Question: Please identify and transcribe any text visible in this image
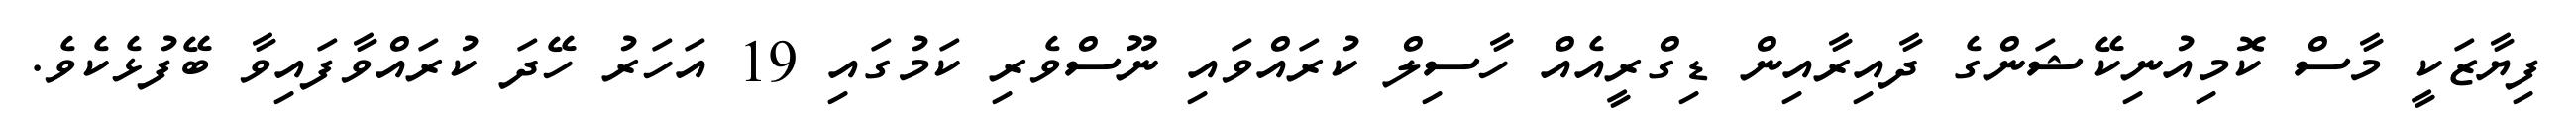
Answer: ފިޔާޒަކީ މާސް ކޮމިއުނިކޭޝަންގެ ދާއިރާއިން ޑިގްރީއެއް ހާސިލް ކުރައްވައި ނޫސްވެރި ކަމުގައި 19 އަހަރު ހޭދަ ކުރައްވާފައިވާ ބޭފުޅެކެވެ.